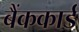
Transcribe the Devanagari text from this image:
बैंककार्ड